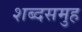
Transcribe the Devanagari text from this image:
शब्दसमुह